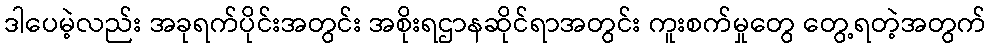
ဒါပေမဲ့လည်း အခုရက်ပိုင်းအတွင်း အစိုးရဌာနဆိုင်ရာအတွင်း ကူးစက်မှုတွေ တွေ့ရတဲ့အတွက်